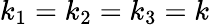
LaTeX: k_{1}=k_{2}=k_{3}=k